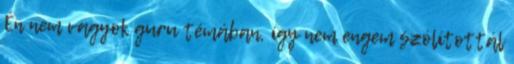
Én nem vagyok guru témában, így nem engem szólítottál